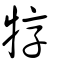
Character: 犉